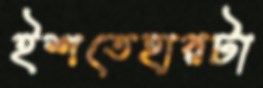
ইশতেহারটা